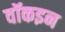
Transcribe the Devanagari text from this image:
वॉकइन